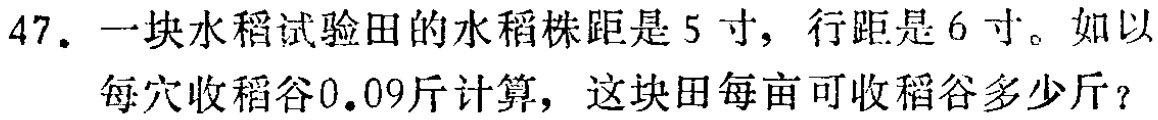
47. 一块水稻试验田的水稻株距是5寸，行距是6寸。如以每穴收稻谷0.09斤计算，这块田每亩可收稻谷多少斤？